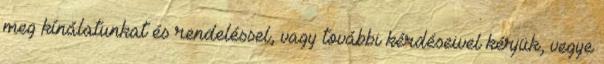
meg kínálatunkat és rendeléssel, vagy további kérdéseivel kérjük, vegye